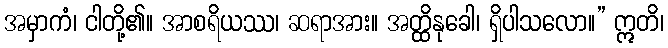
အမှာကံ၊ ငါတို့၏။ အာစရိယဿ၊ ဆရာအား။ အတ္ထိနုခေါ၊ ရှိပါသလော။” ဣတိ၊